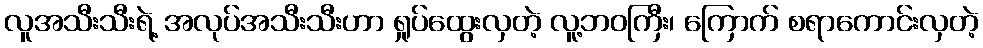
လူအသီးသီးရဲ့ အလုပ်အသီးသီးဟာ ရှုပ်ထွေးလှတဲ့ လူ့ဘဝကြီး၊ ကြောက် စရာကောင်းလှတဲ့